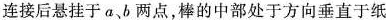
连接后悬挂于a、b两点，棒的中部处于方向垂直于纸